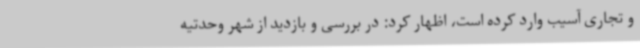
و تجاری آسیب وارد کرده است، اظهار کرد: در بررسی و بازدید از شهر وحدتیه